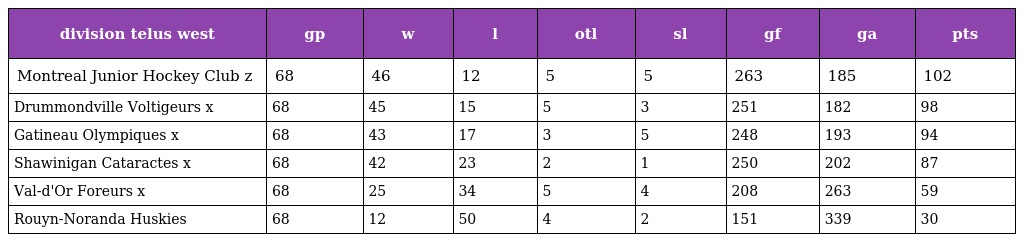
| division telus west | gp | w | l | otl | sl | gf | ga | pts |
 | --- | --- | --- | --- | --- | --- | --- | --- | --- |
 | Montreal Junior Hockey Club z | 68 | 46 | 12 | 5 | 5 | 263 | 185 | 102 |
 | Drummondville Voltigeurs x | 68 | 45 | 15 | 5 | 3 | 251 | 182 | 98 |
 | Gatineau Olympiques x | 68 | 43 | 17 | 3 | 5 | 248 | 193 | 94 |
 | Shawinigan Cataractes x | 68 | 42 | 23 | 2 | 1 | 250 | 202 | 87 |
 | Val-d'Or Foreurs x | 68 | 25 | 34 | 5 | 4 | 208 | 263 | 59 |
 | Rouyn-Noranda Huskies | 68 | 12 | 50 | 4 | 2 | 151 | 339 | 30 |